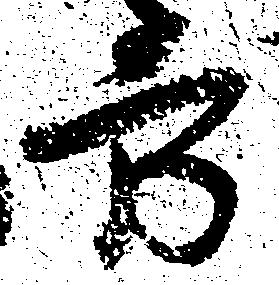
方